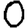
Digit: 0